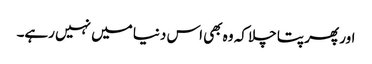
اور پھر پتا چلا کہ وہ بھی اس دنیا میں نہیں رہے۔